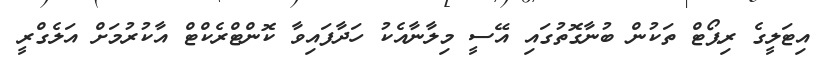
އިޓަލީގެ ރިޕޯޓް ތަކުން ބުނާގޮތުގައި އޭސީ މިލާނާއެކު ހަދާފައިވާ ކޮންޓްރެކްޓް އާކުރުމަށް އަލެގްރީ